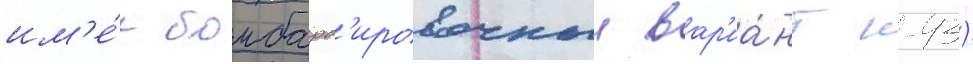
им'е́л бомбард'ировочныи вар'иа́нт к-43)